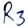
Text: R3